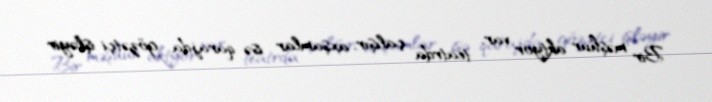
Bir məşhur aktyor var, teatrda çalışır, axşamlar isə qarajda gözətçi işləyir